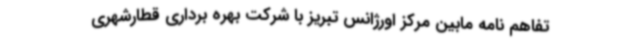
تفاهم نامه مابین مرکز اورژانس تبریز با شرکت بهره برداری قطارشهری